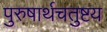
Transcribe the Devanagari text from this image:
पुरुषार्थचतुष्टय